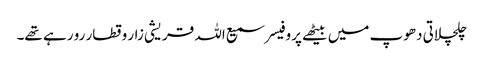
چلچلاتی دھوپ میں بیٹھے پروفیسر سمیع اللہ قریشی زار و قطار رو رہے تھے۔